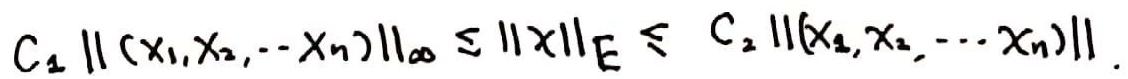
$C_1 \left\lVert (x_1,x_2,\cdots x_n) \right\rVert_{\infty} \leq \left\lVert x \right\rVert_E \leq C_2 \left\lVert (x_1,x_2,\cdots x_n) \right\rVert_1$